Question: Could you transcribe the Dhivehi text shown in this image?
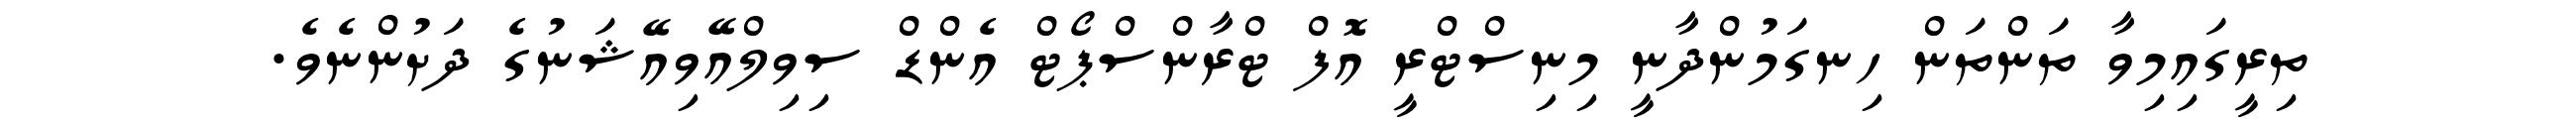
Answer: ތިރީގައިމިވާ ތަންތަން ހިނގަމުންދާނީ މިނިސްޓްރީ އޮފް ޓްރާންސްޕޯޓް އެންޑް ސިވިލްއޭވިއޭޝަނުގެ ދަށުންނެވެ.